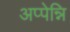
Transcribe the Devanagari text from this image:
अप्पेन्नि